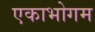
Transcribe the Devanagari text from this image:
एकाभोगम